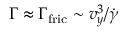
\Gamma \approx \Gamma _ { \mathrm { f r i c } } \sim v _ { y } ^ { 3 } / \dot { \gamma }